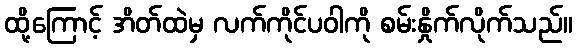
ထို့ကြောင့် အိတ်ထဲမှ လက်ကိုင်ပဝါကို စမ်းနှိုက်လိုက်သည်။